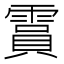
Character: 霣